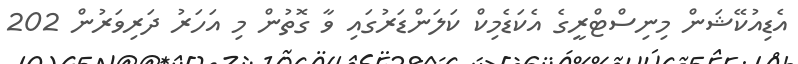
އެޑިއުކޭޝަން މިނިސްޓްރީގެ އެކަޑެމިކް ކަލަންޑަރުގައި ވާ ގޮތުން މި އަހަރު ދަރިވަރުން 202